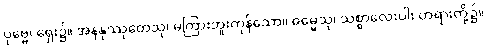
ပုဗ္ဗေ၊ ရှေး၌။ အနနုဿုတေသု၊ မကြားဘူးကုန်သော။ ဓမ္မေသု၊ သစ္စာလေးပါး တရားတို့၌။